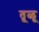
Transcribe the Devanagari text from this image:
तूळू